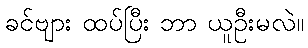
ခင်ဗျား ထပ်ပြီး ဘာ ယူဦးမလဲ။